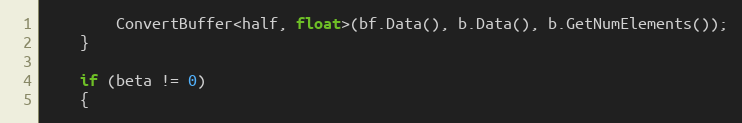
Language: C++
        ConvertBuffer<half, float>(bf.Data(), b.Data(), b.GetNumElements());
    }

    if (beta != 0)
    {